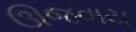
ઊજવાય